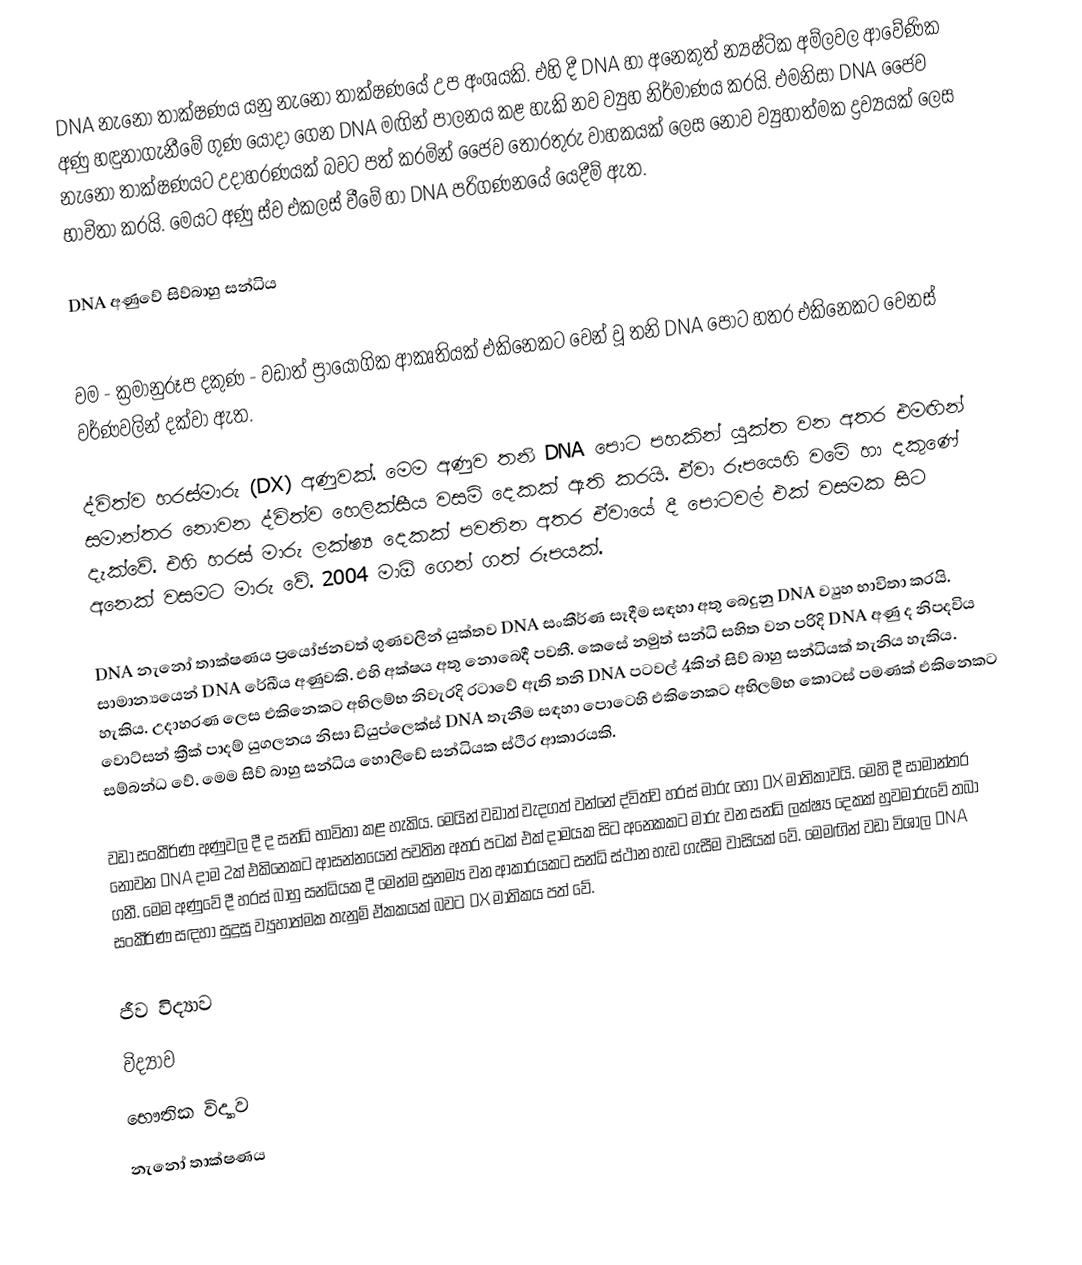
DNA නැනෝ තාක්ෂණය යනු නැනෝ තාක්ෂණයේ උප අංශයකි. එහි දී DNA හා අනෙකුත් න්‍යෂ්ටික අම්ලවල ආවේණික අණු හඳුනාගැනීමේ ගුණ යොදා ගෙන DNA මඟින් පාලනය කළ හැකි නව ව්‍යුහ නිර්මාණය කරයි. එමනිසා DNA ජෛව නැනෝ තාක්ෂණයට උදාහරණයක් බවට පත් කරමින් ජෛව තොරතුරු වාහකයක් ලෙස නොව ව්‍යුහාත්මක ද්‍රව්‍යයක් ලෙස භාවිතා කරයි. මෙයට අණු ස්ව එකලස් වීමේ හා DNA පරිගණනයේ යෙදීම් ඇත.

DNA අණුවේ සිව්බාහු සන්ධිය

වම - ක්‍රමානුරූප දකුණ - වඩාත් ප්‍රායෝගික ආකෘතියක් එකිනෙකට වෙන් වූ තනි DNA පොට හතර එකිනෙකට වෙනස් වර්ණවලින් දක්වා ඇත.

ද්විත්ව හරස්මාරු (DX) අණුවක්. මෙම අණුව තනි DNA පොට පහකින් යුක්ත වන අතර එමඟින් සමාන්තර නොවන ද්විත්ව හෙලික්සීය වසම් දෙකක් ඇති කරයි. ඒවා රූපයෙහි වමේ හා දකුණේ දැක්වේ. එහි හරස් මාරු ලක්ෂ්‍ය දෙකක් පවතින අතර ඒවායේ දී පොටවල් එක් වසමක සිට අනෙක් වසමට මාරු වේ. 2004 මාඕ ගෙන් ගත් රූපයක්.

DNA නැනෝ තාක්ෂණය ප්‍රයෝජනවත් ගුණවලින් යුක්තව DNA සංකීර්ණ සෑදීම සඳහා අතු බෙදුනු DNA ව්‍යුහ භාවිතා කරයි. සාමාන්‍යයෙන් DNA රේඛීය අණුවකි. එහි අක්ෂය අතු නොබෙදී පවතී. කෙසේ නමුත් සන්ධි සහිත වන පරිදි DNA අණු ද නිපදවිය හැකිය. උදාහරණ ලෙස එකිනෙකට අභිලම්භ නිවැරදි රටාවේ ඇති තනි DNA පටවල් 4කින් සිව් බාහු සන්ධියක් තැනිය හැකිය. වොට්සන් ක්‍රීක් පාදම් යුගලනය නිසා ඩියුප්ලෙක්ස් DNA තැනීම සඳහා පොටෙහි එකිනෙකට අභිලම්භ කොටස් පමණක් එකිනෙකට සම්බන්ධ වේ. මෙම සිව් බාහු සන්ධිය හොලිඩේ සන්ධියක ස්ථිර ආකාරයකි.

වඩා සංකීර්ණ අණුවල දී ද සන්ධි භාවිතා කළ හැකිය. මෙයින් වඩාත් වැදගත් වන්නේ ද්විත්ව හරස් මාරු හෝ DX මාතිකාවයි. මෙහි දී සාමාන්තර නොවන DNA දාම 2ක් එකිනෙකට ආසන්නයෙන් පවතින අතර පටක් එක් දාමයක සිට අනෙකකට මාරු වන සන්ධි ලක්ෂ්‍ය දෙකක් හුවමාරුවේ තබා ගනී. මෙම අණුවේ දී හරස් බාහු සන්ධියක දී මෙන්ම සුනම්‍ය වන ආකාරයකට සන්ධි ස්ථාන හැඩ ගැසීම වාසියක් වේ. මෙමඟින් වඩා විශාල DNA සංකීර්ණ සඳහා සුදුසු ව්‍යුහාත්මක තැනුම් ඒකකයක් බවට DX මාතිකය පත් වේ.

ජීව විද්‍යාව
විද්‍යාව
භෞතික විද්‍යාව
නැ‍නෝ තාක්ෂණය